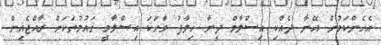
އެހެންކަމުން އޭނާ ދެއްކި އިސްލާމް ދީނާ ޚިލާފު ވާހަކަ އިސްލާމީ ޤައުމުތަކަށް ރާއްޖެއިން